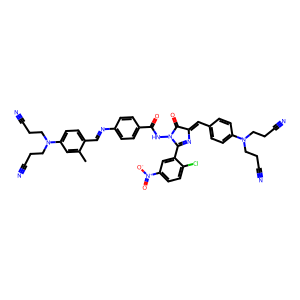
SMILES: Cc1cc(N(CCC#N)CCC#N)ccc1C=Nc1ccc(C(=O)NN2C(=O)C(=Cc3ccc(N(CCC#N)CCC#N)cc3)N=C2c2cc([N+](=O)[O-])ccc2Cl)cc1
Inhibits HIV replication: No